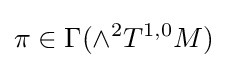
\pi \in \Gamma (\wedge ^{2}T^{1,0}M)